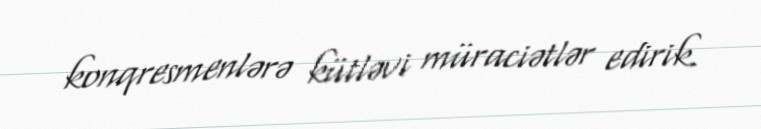
konqresmenlərə kütləvi müraciətlər edirik.